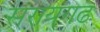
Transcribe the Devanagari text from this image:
सरायगढ